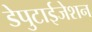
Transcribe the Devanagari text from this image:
डेपुटाईजेशन